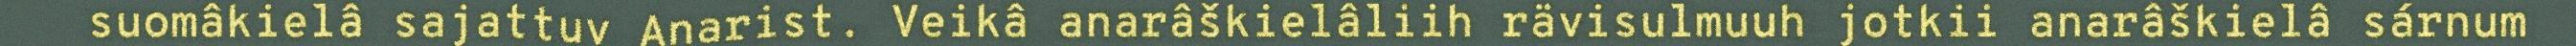
suomâkielâ sajattuv Anarist. Veikâ anarâškielâliih rävisulmuuh jotkii anarâškielâ sárnum